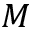
{ \cal M }